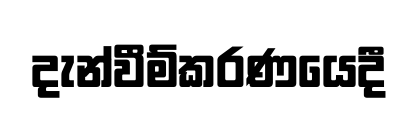
දැන්වීම්කරණයෙදී